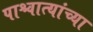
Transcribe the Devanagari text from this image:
पाश्चात्यांच्या